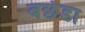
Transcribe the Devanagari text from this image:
बछेडा